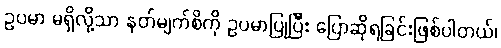
ဥပမာ မရှိလို့သာ နတ်မျက်စိကို ဥပမာပြုပြီး ပြောဆိုရခြင်းဖြစ်ပါတယ်၊